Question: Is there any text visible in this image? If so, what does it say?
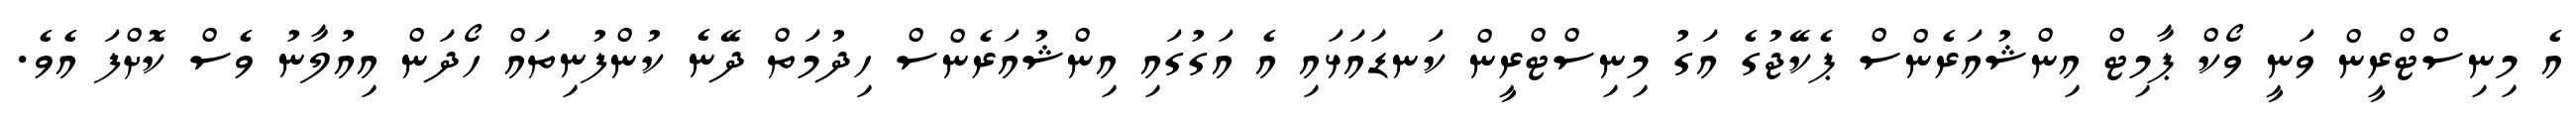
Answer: އެ މިނިސްޓްރީން ވަނީ ވޯކް ޕާމިޓް އިންޝުއަރެންސް ޕެކޭޖުގެ އަގު މިނިސްޓްރީން ކަނޑައަޅައި އެ އަގުގައި އިންޝުއަރެންސް ހިދުމަތް ދޭނެ ކުންފުނިތައް ހޯދަން އިއުލާނު ވެސް ކޮށްފަ އެވެ.